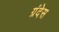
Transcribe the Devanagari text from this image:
ग्रंदेस